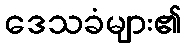
ဒေသခံများ၏